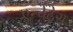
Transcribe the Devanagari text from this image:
एन्चेंट्रेस